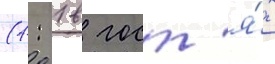
(1: 1 в гост'я́х